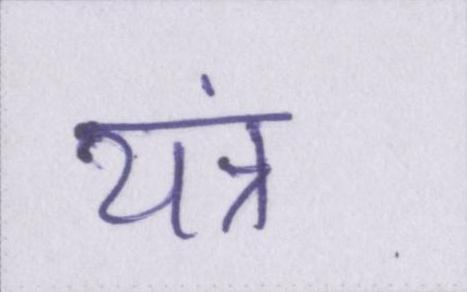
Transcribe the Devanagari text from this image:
यंत्र